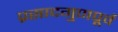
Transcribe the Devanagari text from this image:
प्रसादगुणपूर्व